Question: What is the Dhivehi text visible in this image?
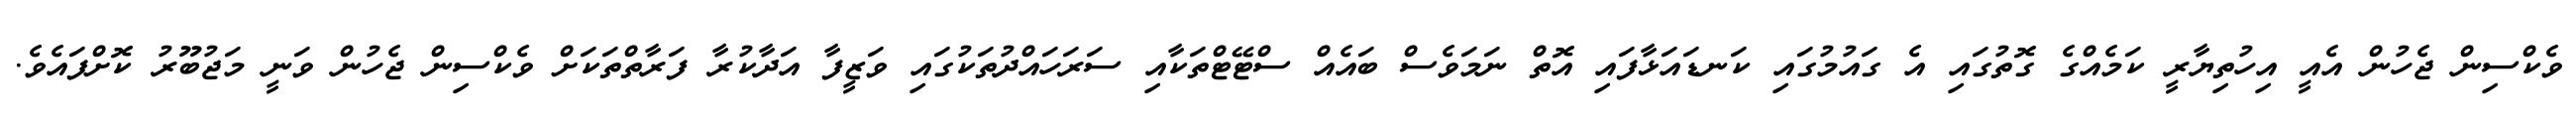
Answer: ވެކްސިން ޖެހުން އެއީ އިހުތިޔާރީ ކަމެއްގެ ގޮތުގައި އެ ގައުމުގައި ކަނޑައަޅާފައި އޮތް ނަމަވެސް ބައެއް ސްޓޭޓްތަކާއި ސަރަހައްދުތަކުގައި ވަޒީފާ އަދާކުރާ ފަރާތްތަކަށް ވެކްސިން ޖެހުން ވަނީ މަޖުބޫރު ކޮށްފައެވެ.